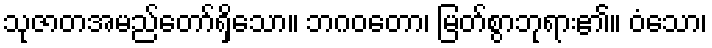
သုဇာတအမည်တော်ရှိသော။ ဘဂဝတော၊ မြတ်စွာဘုရား၏။ ဝံသော၊